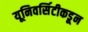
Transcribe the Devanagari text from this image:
यूनिवर्सिटीकडून